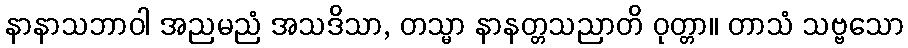
နာနာသဘာဝါ အညမညံ အသဒိသာ, တသ္မာ နာနတ္တသညာတိ ဝုတ္တာ။ တာသံ သဗ္ဗသော